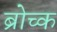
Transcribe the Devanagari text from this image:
ब्रोच्क